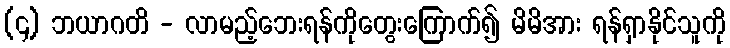
(၄) ဘယာဂတိ - လာမည့်ဘေးရန်ကိုတွေးကြောက်၍ မိမိအား ရန်ရှာနိုင်သူကို